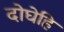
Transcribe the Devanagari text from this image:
दोघेहि